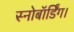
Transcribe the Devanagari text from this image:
स्नोबॉर्डिंग।